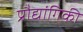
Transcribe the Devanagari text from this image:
प्रौद्यांगिकी